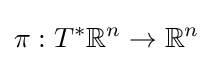
\pi :T^{*}\mathbb {R} ^{n}\to \mathbb {R} ^{n}